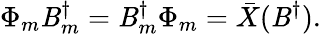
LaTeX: \Phi_{m}\mathit{B}_{m}^{\dagger}=\mathit{B}_{m}^{\dagger}\Phi_{m}=\bar{{X}}(\mathit{B}^{\dagger}).